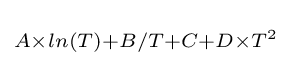
\scriptstyle A\times ln(T)+B/T+C+D\times T^{2}